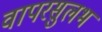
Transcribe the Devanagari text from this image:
वापरसुलभ